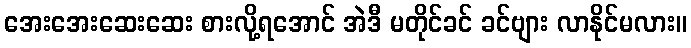
အေးအေးဆေးဆေး စားလို့ရအောင် အဲဒီ မတိုင်ခင် ခင်ဗျား လာနိုင်မလား။